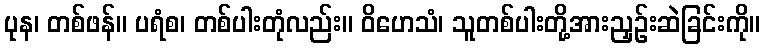
ပုန၊ တစ်ဖန်။ ပရံစ၊ တစ်ပါးတုံလည်း။ ဝိဟေသံ၊ သူတစ်ပါးတို့အားညှဉ်းဆဲခြင်းကို။